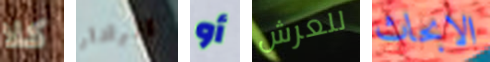
كلا الرادار أو للعرش الابحاث